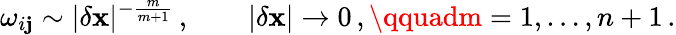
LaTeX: \omega_{i\mathbf{j}}\sim|\delta{\mathbf{{x}}}|^{-\frac{{m}}{{m+1}}}\, ,\qquad|\delta{\mathbf{{x}}}|\to0\, ,\qquadm=1,\dots,n+1\, .